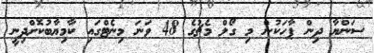
ސަންޔާ ދިން ޕާހަކުން މި ގޯލް މެޗުގެ 48 ވަނަ މިނެޓްގައި ކާމިޔާބުކޮށްދިނީ